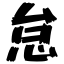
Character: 怠